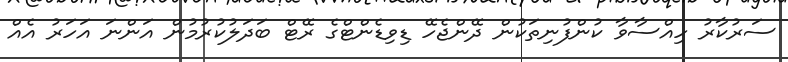
ސަރުކާރު ހިއްސާވާ ކުންފުނިތަކުން ދޭންޖެހޭ ޑިވިޑެންޓްގެ ރޭޓް ބަދަލުކުރުމުން އަންނަ އަހަރު އެއް